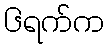
၆ရက်က